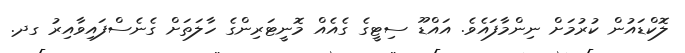
ލޮކްޑައުން ކުރުމަށް ނިންމާފައެވެ. އައްޑޫ ސިޓީގެ ގެއެއް މޮނީޓަރިންގެ ހާލަތަށް ގެނެސްފައިވާއިރު ގދ.